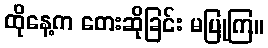
ထိုနေ့က တေးဆိုခြင်း မပြုကြ။